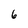
Character: 6